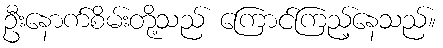
ဦးနောက်စိမ်းတို့သည် ကြောင်ကြည့်နေသည်။